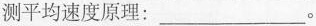
测平均速度原理：___。